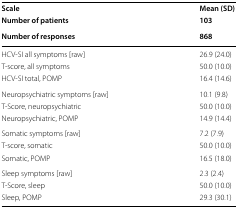
<table><thead><tr><td><b>Scale</b></td><td><b>Mean (SD)</b></td></tr><tr><td><b>Number of patients</b></td><td><b>103</b></td></tr><tr><td><b>Number of responses</b></td><td><b>868</b></td></tr></thead><tbody><tr><td>HCV-SI all symptoms [raw]</td><td>26.9 (24.0)</td></tr><tr><td>T-score, all symptoms</td><td>50.0 (10.0)</td></tr><tr><td>HCV-SI total, POMP</td><td>16.4 (14.6)</td></tr><tr><td>Neuropsychiatric symptoms [raw]</td><td>10.1 (9.8)</td></tr><tr><td>T-Score, neuropsychiatric</td><td>50.0 (10.0)</td></tr><tr><td>Neuropsychiatric, POMP</td><td>14.9 (14.4)</td></tr><tr><td>Somatic symptoms [raw]</td><td>7.2 (7.9)</td></tr><tr><td>T-score, somatic</td><td>50.0 (10.0)</td></tr><tr><td>Somatic, POMP</td><td>16.5 (18.0)</td></tr><tr><td>Sleep symptoms [raw]</td><td>2.3 (2.4)</td></tr><tr><td>T-Score, sleep</td><td>50.0 (10.0)</td></tr><tr><td>Sleep, POMP</td><td>29.3 (30.1)</td></tr></tbody></table>